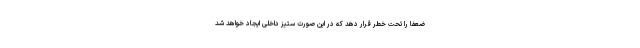
ضعفا را تحت خطر قرار دهد که در این صورت ستیز داخلی ایجاد خواهد شد